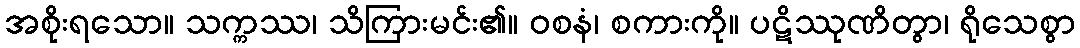
အစိုးရသော။ သက္ကဿ၊ သိကြားမင်း၏။ ဝစနံ၊ စကားကို။ ပဋိဿုဏိတွာ၊ ရိုသေစွာ